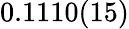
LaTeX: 0.1110(15)